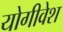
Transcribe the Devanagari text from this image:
योगीवेश